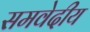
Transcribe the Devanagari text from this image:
समवेदीय